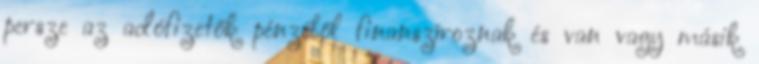
persze az adófizetők pénzéből finanszíroznak és van vagy másik